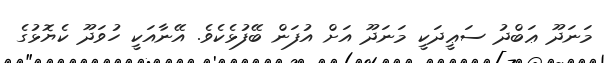
މަނަދޫ ޢަބްދު ސަޢީދަކީ މަނަދޫ އަށް އުފަން ބޭފުޅެކެވެ. އޭނާއަކީ ހުވަދޫ ކެޔޮޅުގެ